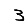
Digit: 3